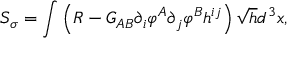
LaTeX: S _ { \sigma } = \int \left( { \cal R } - { \cal G } _ { A B } \partial _ { i } \varphi ^ { A } \partial _ { j } \varphi ^ { B } h ^ { i j } \right) \sqrt { h } d ^ { 3 } x ,